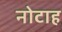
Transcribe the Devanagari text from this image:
नोटाह